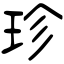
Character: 珍